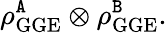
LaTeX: \rho_{\mathrm{GGE}}^{{\tt A}}\otimes\rho_{\mathrm{GGE}}^{\tt B}.